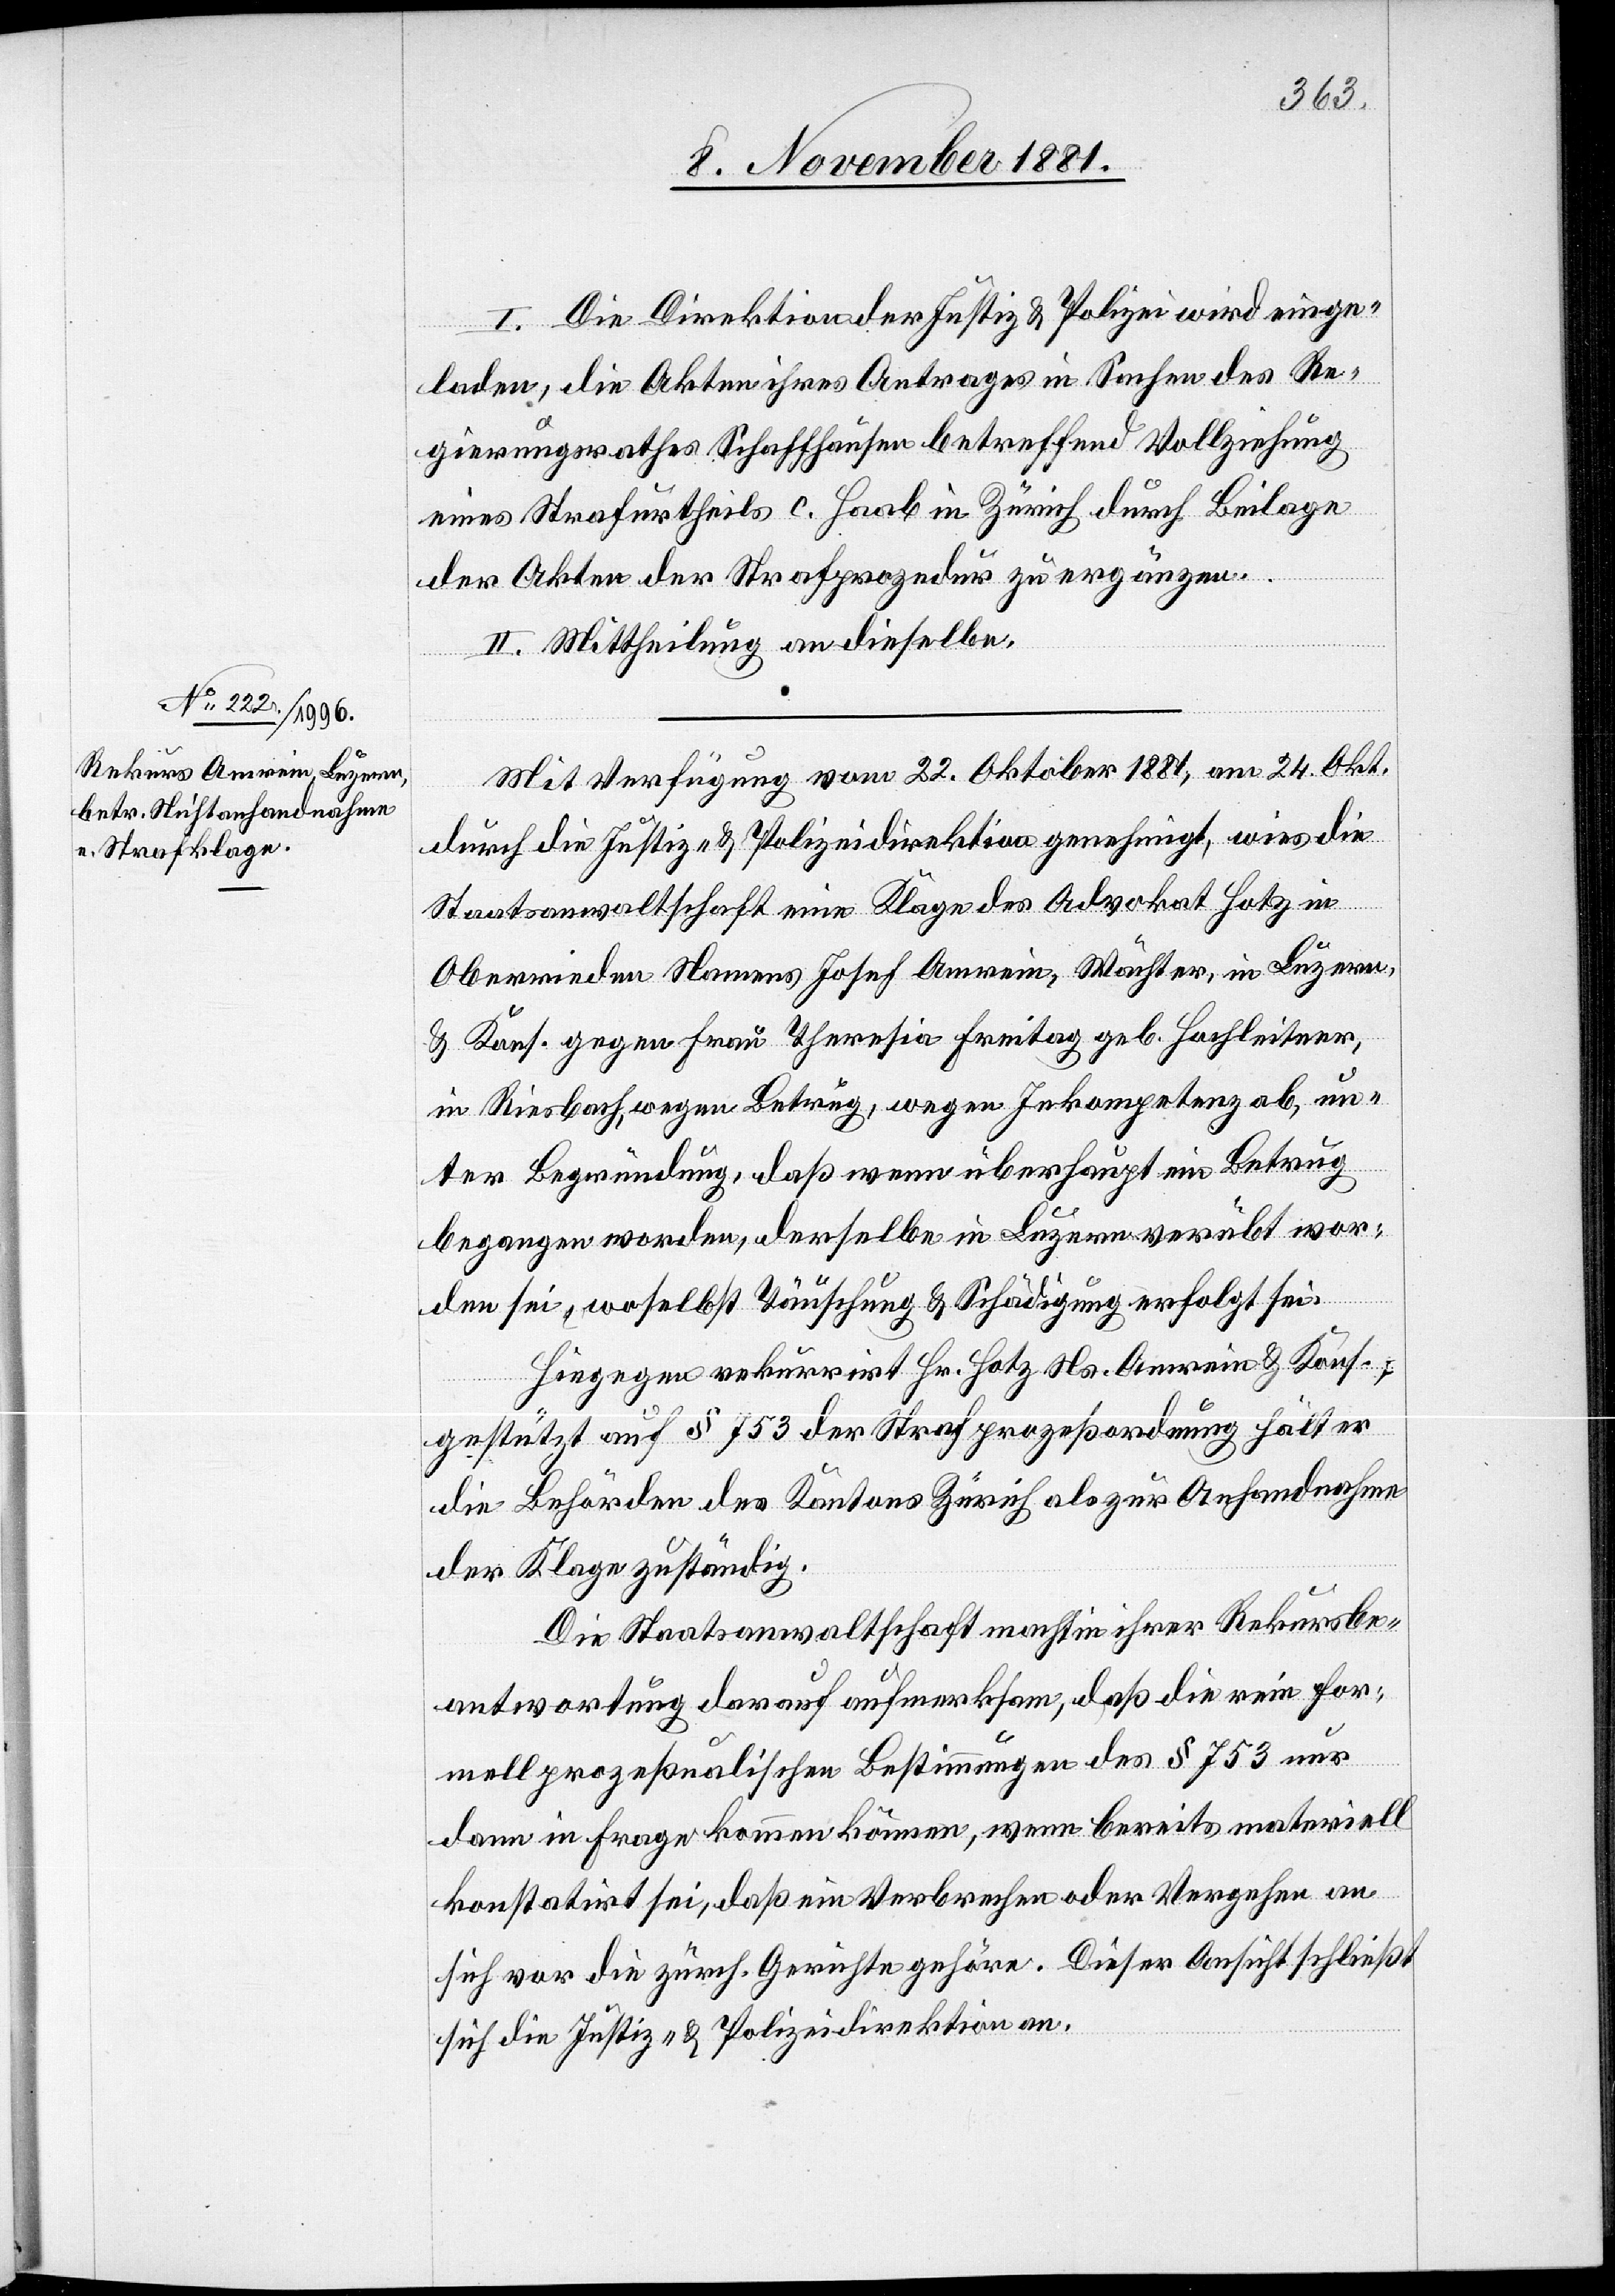
I. Die Direktion der Justiz & Polizei wird einge¬
laden, die Akten ihres Antrages in Sachen des Re¬
gierungsrathes Schaffhausen betreffend Vollziehung
eines Strafurtheils c. Haab in Zürich durch Beilage
der Akten der Strafprozedur zu ergänzen.
II. Mittheilung an dieselbe.
Mit Verfügung vom 22. Oktober 1881, am 24. Okt.
durch die Justiz- & Polizeidirektion genehmigt, wies die
Staatsanwaltschaft eine Klage des Advokat Hotz in
Oberrieden Namens Josef Amrain, Wächter, in Luzern,
& Kons. gegen Frau Theresia Freitag geb. Hochleitner,
in Riesbach, wegen Betrug, wegen Inkompetenz ab, un¬
ter Begründung, daß wenn überhaupt ein Betrug
begangen worden, derselbe in Luzern verübt wor¬
den sei, woselbst Täuschung & Schädigung erfolgt sei.
Hiegegen rekurrirt Hr. Hotz Ns. Amrain & Kons.;
gestützt auf § 753 der Strafprozeßordnung hält er
die Behörden des Kantons Zürich als zur Anhandnahme
der Klage zuständig.
Die Staatsanwaltschaft macht in ihrer Rekursbe¬
antwortung darauf aufmerksam, daß die rein for¬
mell prozeßualischen Bestimmungen des § 753 nur
dann in Frage kommen können, wenn bereits materiell
konstatirt sei, daß ein Verbrechen oder Vergehen an
sich vor die zürch. Gerichte gehöre. Dieser Ansicht schließt
sich die Justiz- & Polizeidirektion an.